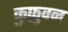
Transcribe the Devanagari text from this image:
कुफ़ुवन